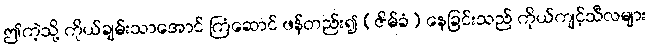
ဤကဲ့သို့ ကိုယ်ချမ်းသာအောင် ကြံဆောင် ဖန်တည်း၍ (ဇိမ်ခံ) နေခြင်းသည် ကိုယ်ကျင့်သီလများ